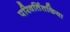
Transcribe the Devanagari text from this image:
परिवर्तितकिया